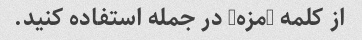
از کلمه "مزه" در جمله استفاده کنید.